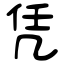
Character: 凭